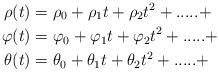
LaTeX: \begin{align*}\rho(t) & =\rho_{0}+\rho_{1}t+\rho_{2}t^{2}+.....+\\\varphi(t) & =\varphi_{0}+\varphi_{1}t+\varphi_{2}t^{2}+.....+\\\theta(t) & =\theta_{0}+\theta_{1}t+\theta_{2}t^{2}+.....+\end{align*}